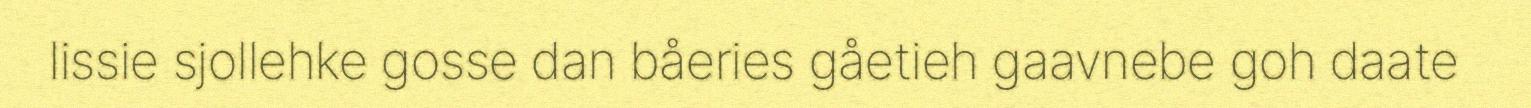
lissie sjollehke gosse dan båeries gåetieh gaavnebe goh daate